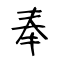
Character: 奉